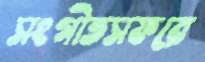
সংগীতসফরে